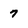
Character: 7